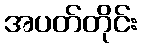
အပတ်တိုင်း